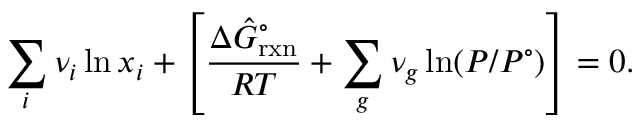
\sum _ { i } { { \nu _ { i } } \ln { x _ { i } } + \left[ { \frac { { \Delta \hat { G } _ { \mathrm { { r x n } } } ^ { \circ } } } { { R T } } + \sum _ { g } { { \nu _ { g } } \ln ( P / { P ^ { \circ } } ) } } \right] } = 0 .